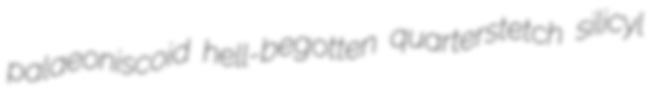
palaeoniscoid hell-begotten quarterstetch silicyl